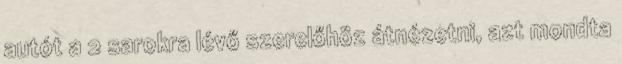
autót a 2 sarokra lévő szerelőhöz átnézetni, azt mondta